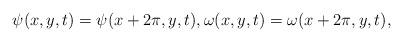
LaTeX: \begin{align*} \psi(x,y,t)=\psi(x+2\pi,y,t), \omega(x,y,t)=\omega(x+2\pi,y,t),\end{align*}